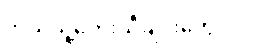
ဘယ်သူ့တေးသီချင်းတွေလဲ။